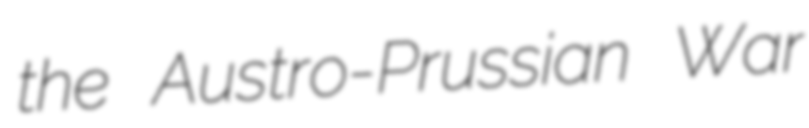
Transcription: the Austro-Prussian War